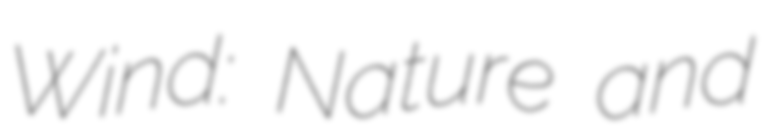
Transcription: Wind: Nature and